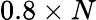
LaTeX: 0.8\times N